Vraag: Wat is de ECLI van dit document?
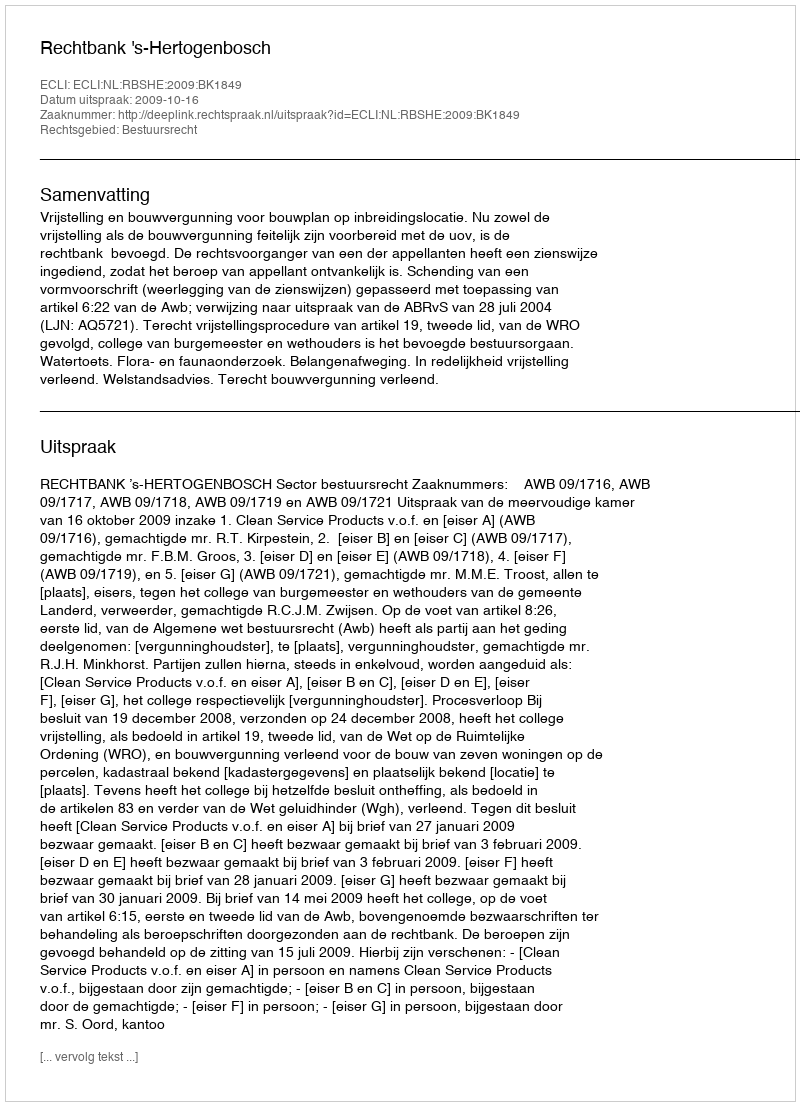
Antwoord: ECLI:NL:RBSHE:2009:BK1849